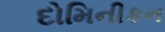
દોમિનીકન